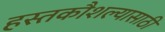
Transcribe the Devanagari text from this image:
हस्तकौशल्यासाठी